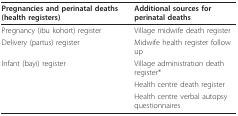
<table><thead><tr><td><b>Pregnancies and perinatal deaths (health registers)</b></td><td><b>Additional sources for perinatal deaths</b></td></tr></thead><tbody><tr><td>Pregnancy (ibu kohort) register</td><td>Village midwife death register</td></tr><tr><td>Delivery (partus) register</td><td>Midwife health register follow up</td></tr><tr><td>Infant (bayi) register</td><td>Village administration death register*</td></tr><tr><td></td><td>Health centre death register</td></tr><tr><td></td><td>Health centre verbal autopsy questionnaires</td></tr></tbody></table>